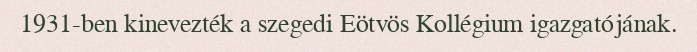
1931-ben kinevezték a szegedi Eötvös Kollégium igazgatójának.